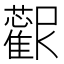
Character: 𱿀